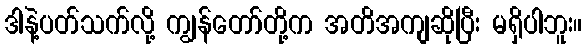
ဒါနဲ့ပတ်သက်လို့ ကျွန်တော်တို့က အတိအကျဆိုပြီး မရှိပါဘူး။